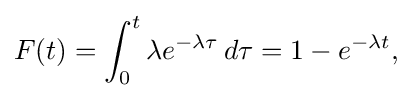
F(t)=\int _{0}^{t}\lambda e^{-\lambda \tau }\,d\tau =1-e^{-\lambda t},\!